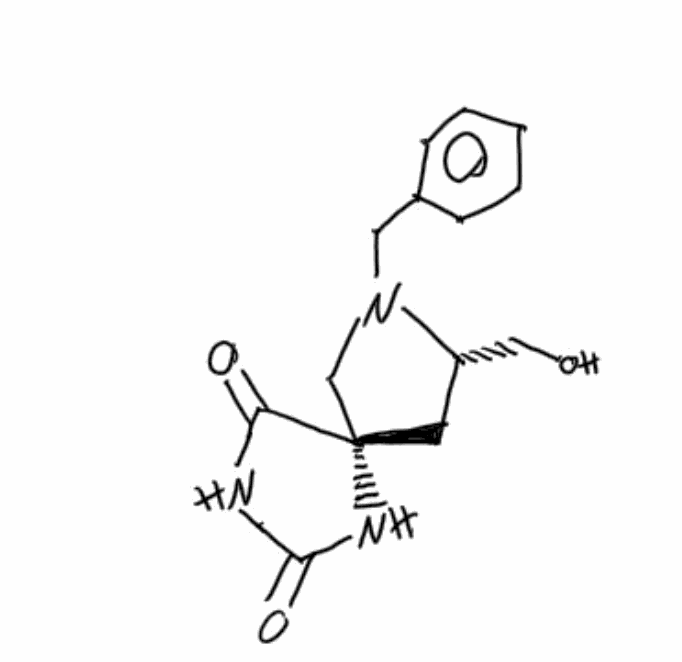
Simplified molecular-input line-entry system (SMILES) notation of the given molecule:
C1[C@H](N(C[C@]12C(=O)NC(=O)N2)CC3=CC=CC=C3)CO